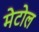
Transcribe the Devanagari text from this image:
मेटोल